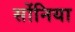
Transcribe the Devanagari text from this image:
सोंनिया